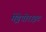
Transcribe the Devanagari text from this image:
मेड्रेपोराइट